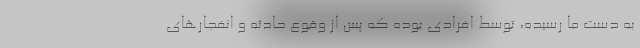
به دست ما رسیده، توسط افرادی بوده که پس از وقوع حادثه و انفجارهای